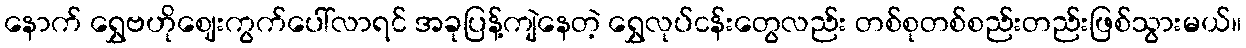
နောက် ရွှေဗဟိုဈေးကွက်ပေါ်လာရင် အခုပြန့်ကျဲနေတဲ့ ရွှေလုပ်ငန်းတွေလည်း တစ်စုတစ်စည်းတည်းဖြစ်သွားမယ်။